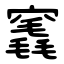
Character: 竁